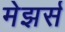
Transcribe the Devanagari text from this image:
मेझर्स